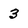
Character: 3